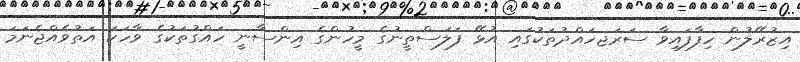
އިޒުރޭލުން ހިފާފައިވާ ސަރަޖހައްދުތަކުގައި އުޅޭ ފަލަސްތީނުގެ މީހުންގެ އިންސާނީ ހައްގުތަކުގެ ވާހަކަ އަތުވެއްޖެނަމަ